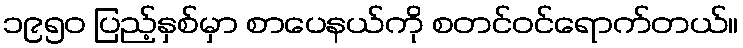
၁၉၅၀ ပြည့်နှစ်မှာ စာပေနယ်ကို စတင်ဝင်ရောက်တယ်။